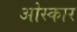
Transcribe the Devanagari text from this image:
ओस्कार